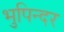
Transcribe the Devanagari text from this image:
भुपिन्दर